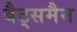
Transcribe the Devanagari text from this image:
बैट्समैन